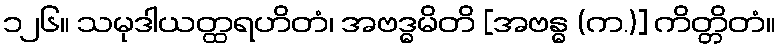
၁၂၆။ သမုဒါယတ္ထရဟိတံ၊ အဗဒ္ဓမိတိ [အဗန္ဓ (က.)] ကိတ္တိတံ။